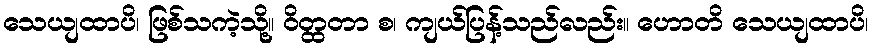
သေယျထာပိ၊ ဖြစ်သကဲ့သို့။ ဝိတ္ထတာ စ၊ ကျယ်ပြန့်သည်လည်း။ ဟောတိ သေယျထာပိ၊